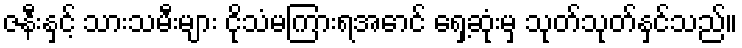
ဇနီးနှင့် သားသမီးများ ငိုသံမကြားရအောင် ရှေ့ဆုံးမှ သုတ်သုတ်နှင်သည်။